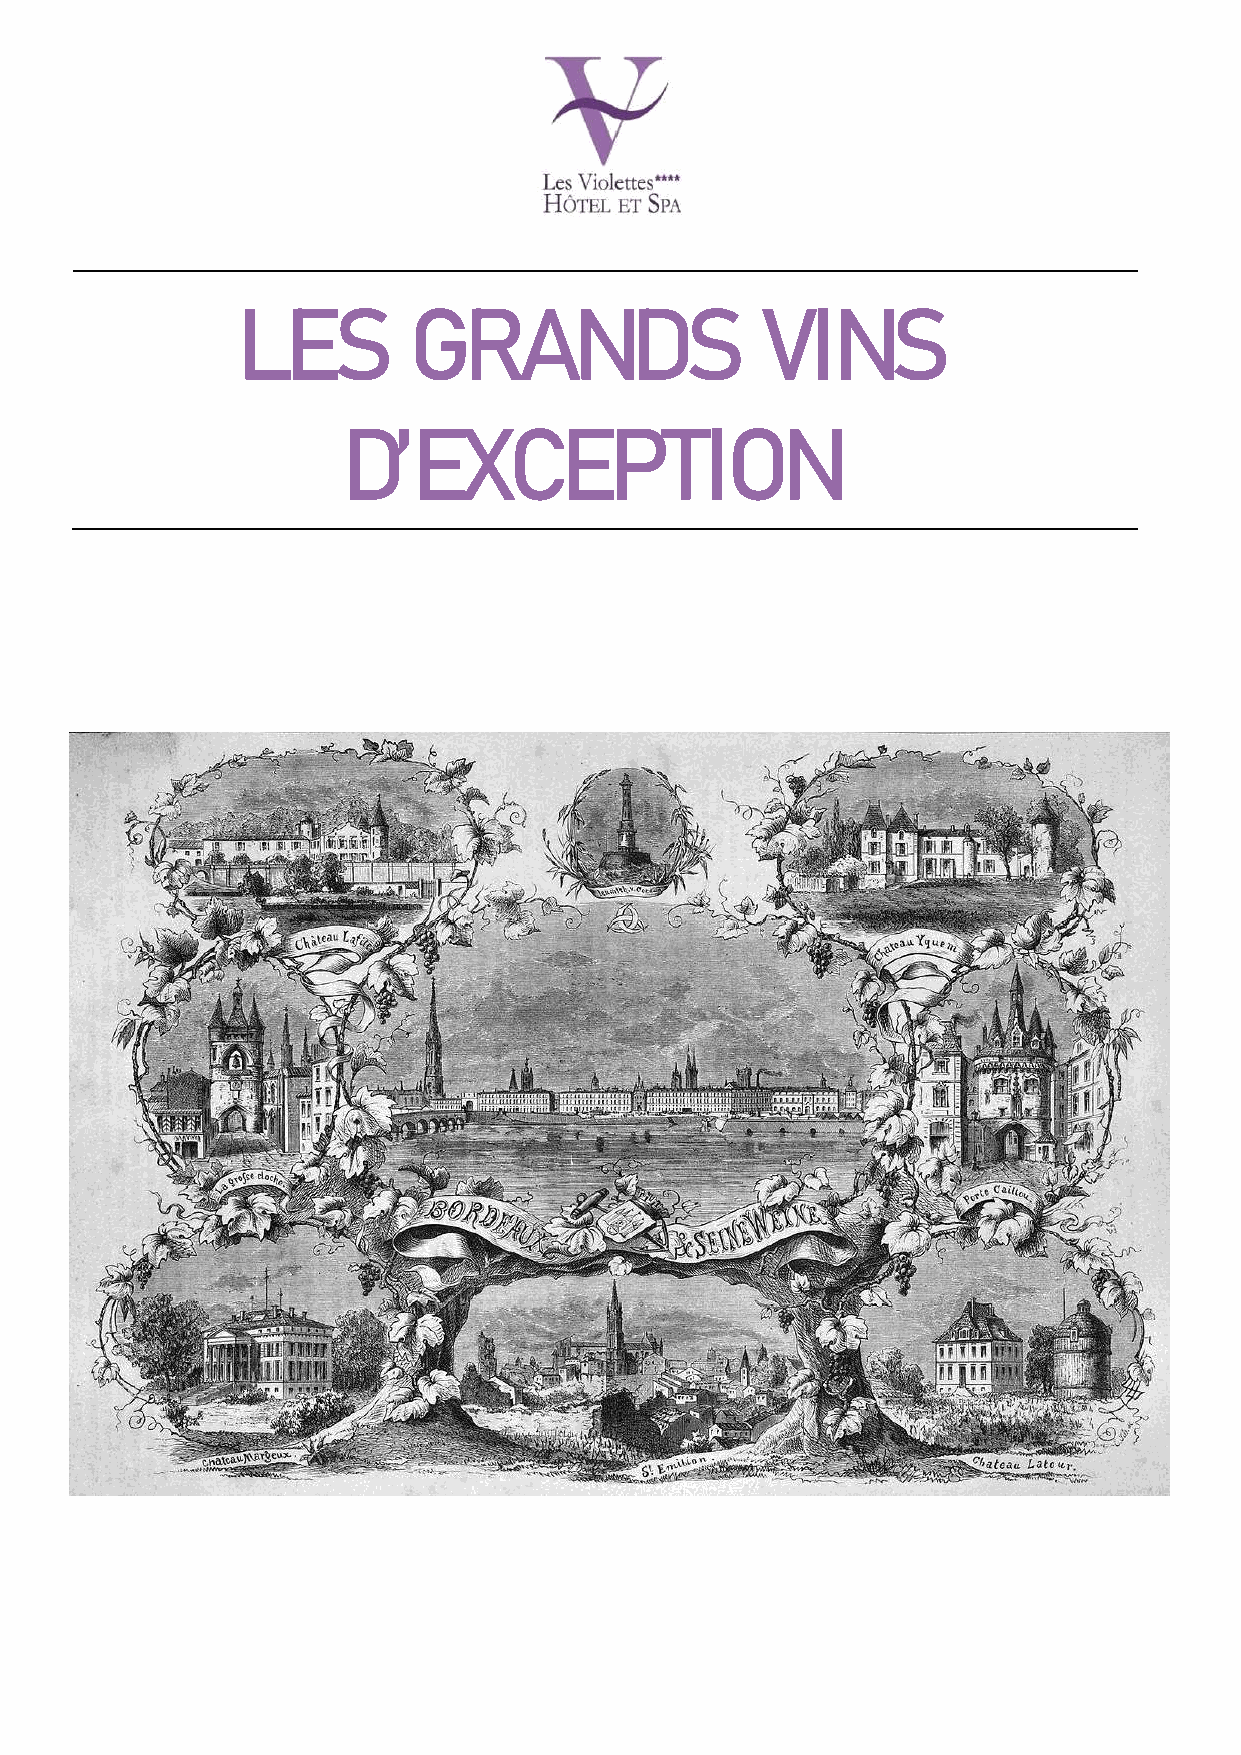
LES        GRANDS                 VINS
 D’EXCEPTION